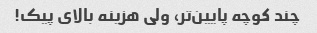
چند کوچه پایین‌تر، ولی هزینه بالای پیک!